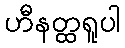
ဟီနတ္ထရူပါ